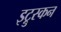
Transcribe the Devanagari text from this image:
इट्रुस्कन